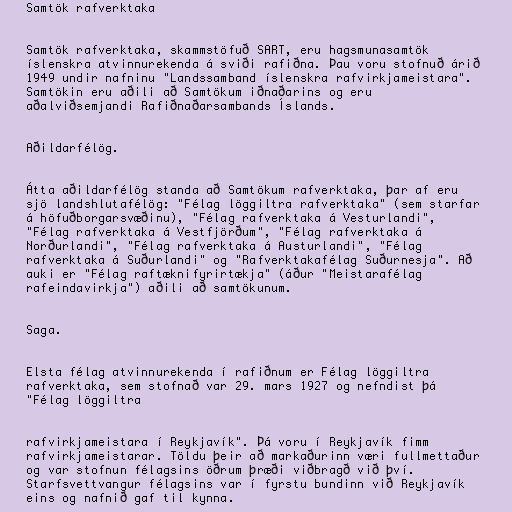
Samtök rafverktaka

Samtök rafverktaka, skammstöfuð SART, eru hagsmunasamtök
íslenskra atvinnurekenda á sviði rafiðna. Þau voru stofnuð árið
1949 undir nafninu "Landssamband íslenskra rafvirkjameistara".
Samtökin eru aðili að Samtökum iðnaðarins og eru
aðalviðsemjandi Rafiðnaðarsambands Íslands.

Aðildarfélög.

Átta aðildarfélög standa að Samtökum rafverktaka, þar af eru
sjö landshlutafélög: "Félag löggiltra rafverktaka" (sem starfar
á höfuðborgarsvæðinu), "Félag rafverktaka á Vesturlandi",
"Félag rafverktaka á Vestfjörðum", "Félag rafverktaka á
Norðurlandi", "Félag rafverktaka á Austurlandi", "Félag
rafverktaka á Suðurlandi" og "Rafverktakafélag Suðurnesja". Að
auki er "Félag raftæknifyrirtækja" (áður "Meistarafélag
rafeindavirkja") aðili að samtökunum.

Saga.

Elsta félag atvinnurekenda í rafiðnum er Félag löggiltra
rafverktaka, sem stofnað var 29. mars 1927 og nefndist þá
"Félag löggiltra

rafvirkjameistara í Reykjavík". Þá voru í Reykjavík fimm
rafvirkjameistarar. Töldu þeir að markaðurinn væri fullmettaður
og var stofnun félagsins öðrum þræði viðbragð við því.
Starfsvettvangur félagsins var í fyrstu bundinn við Reykjavík
eins og nafnið gaf til kynna.